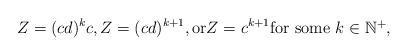
LaTeX: \begin{align*} Z= (cd)^kc, Z=(cd)^{k+1}, \mbox{or} Z=c^{k+1} \mbox{for some $k \in \mathbb{N}^+$},\end{align*}